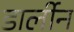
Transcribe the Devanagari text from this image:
डार्लीन